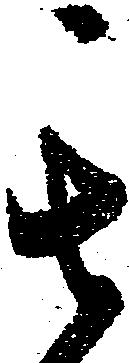
其